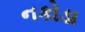
નકોડા